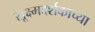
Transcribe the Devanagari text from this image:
सूक्ष्मदर्शकाच्या